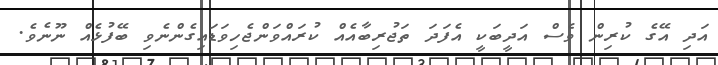
އަދި އޭގެ ކުރިން ވެސް އަދީބަކީ އެފަދަ ތަޖުރިބާއެއް ކުރައްވަންޖެހިވަޑައިގެންނެވި ބޭފުޅެއް ނޫނެވެ.